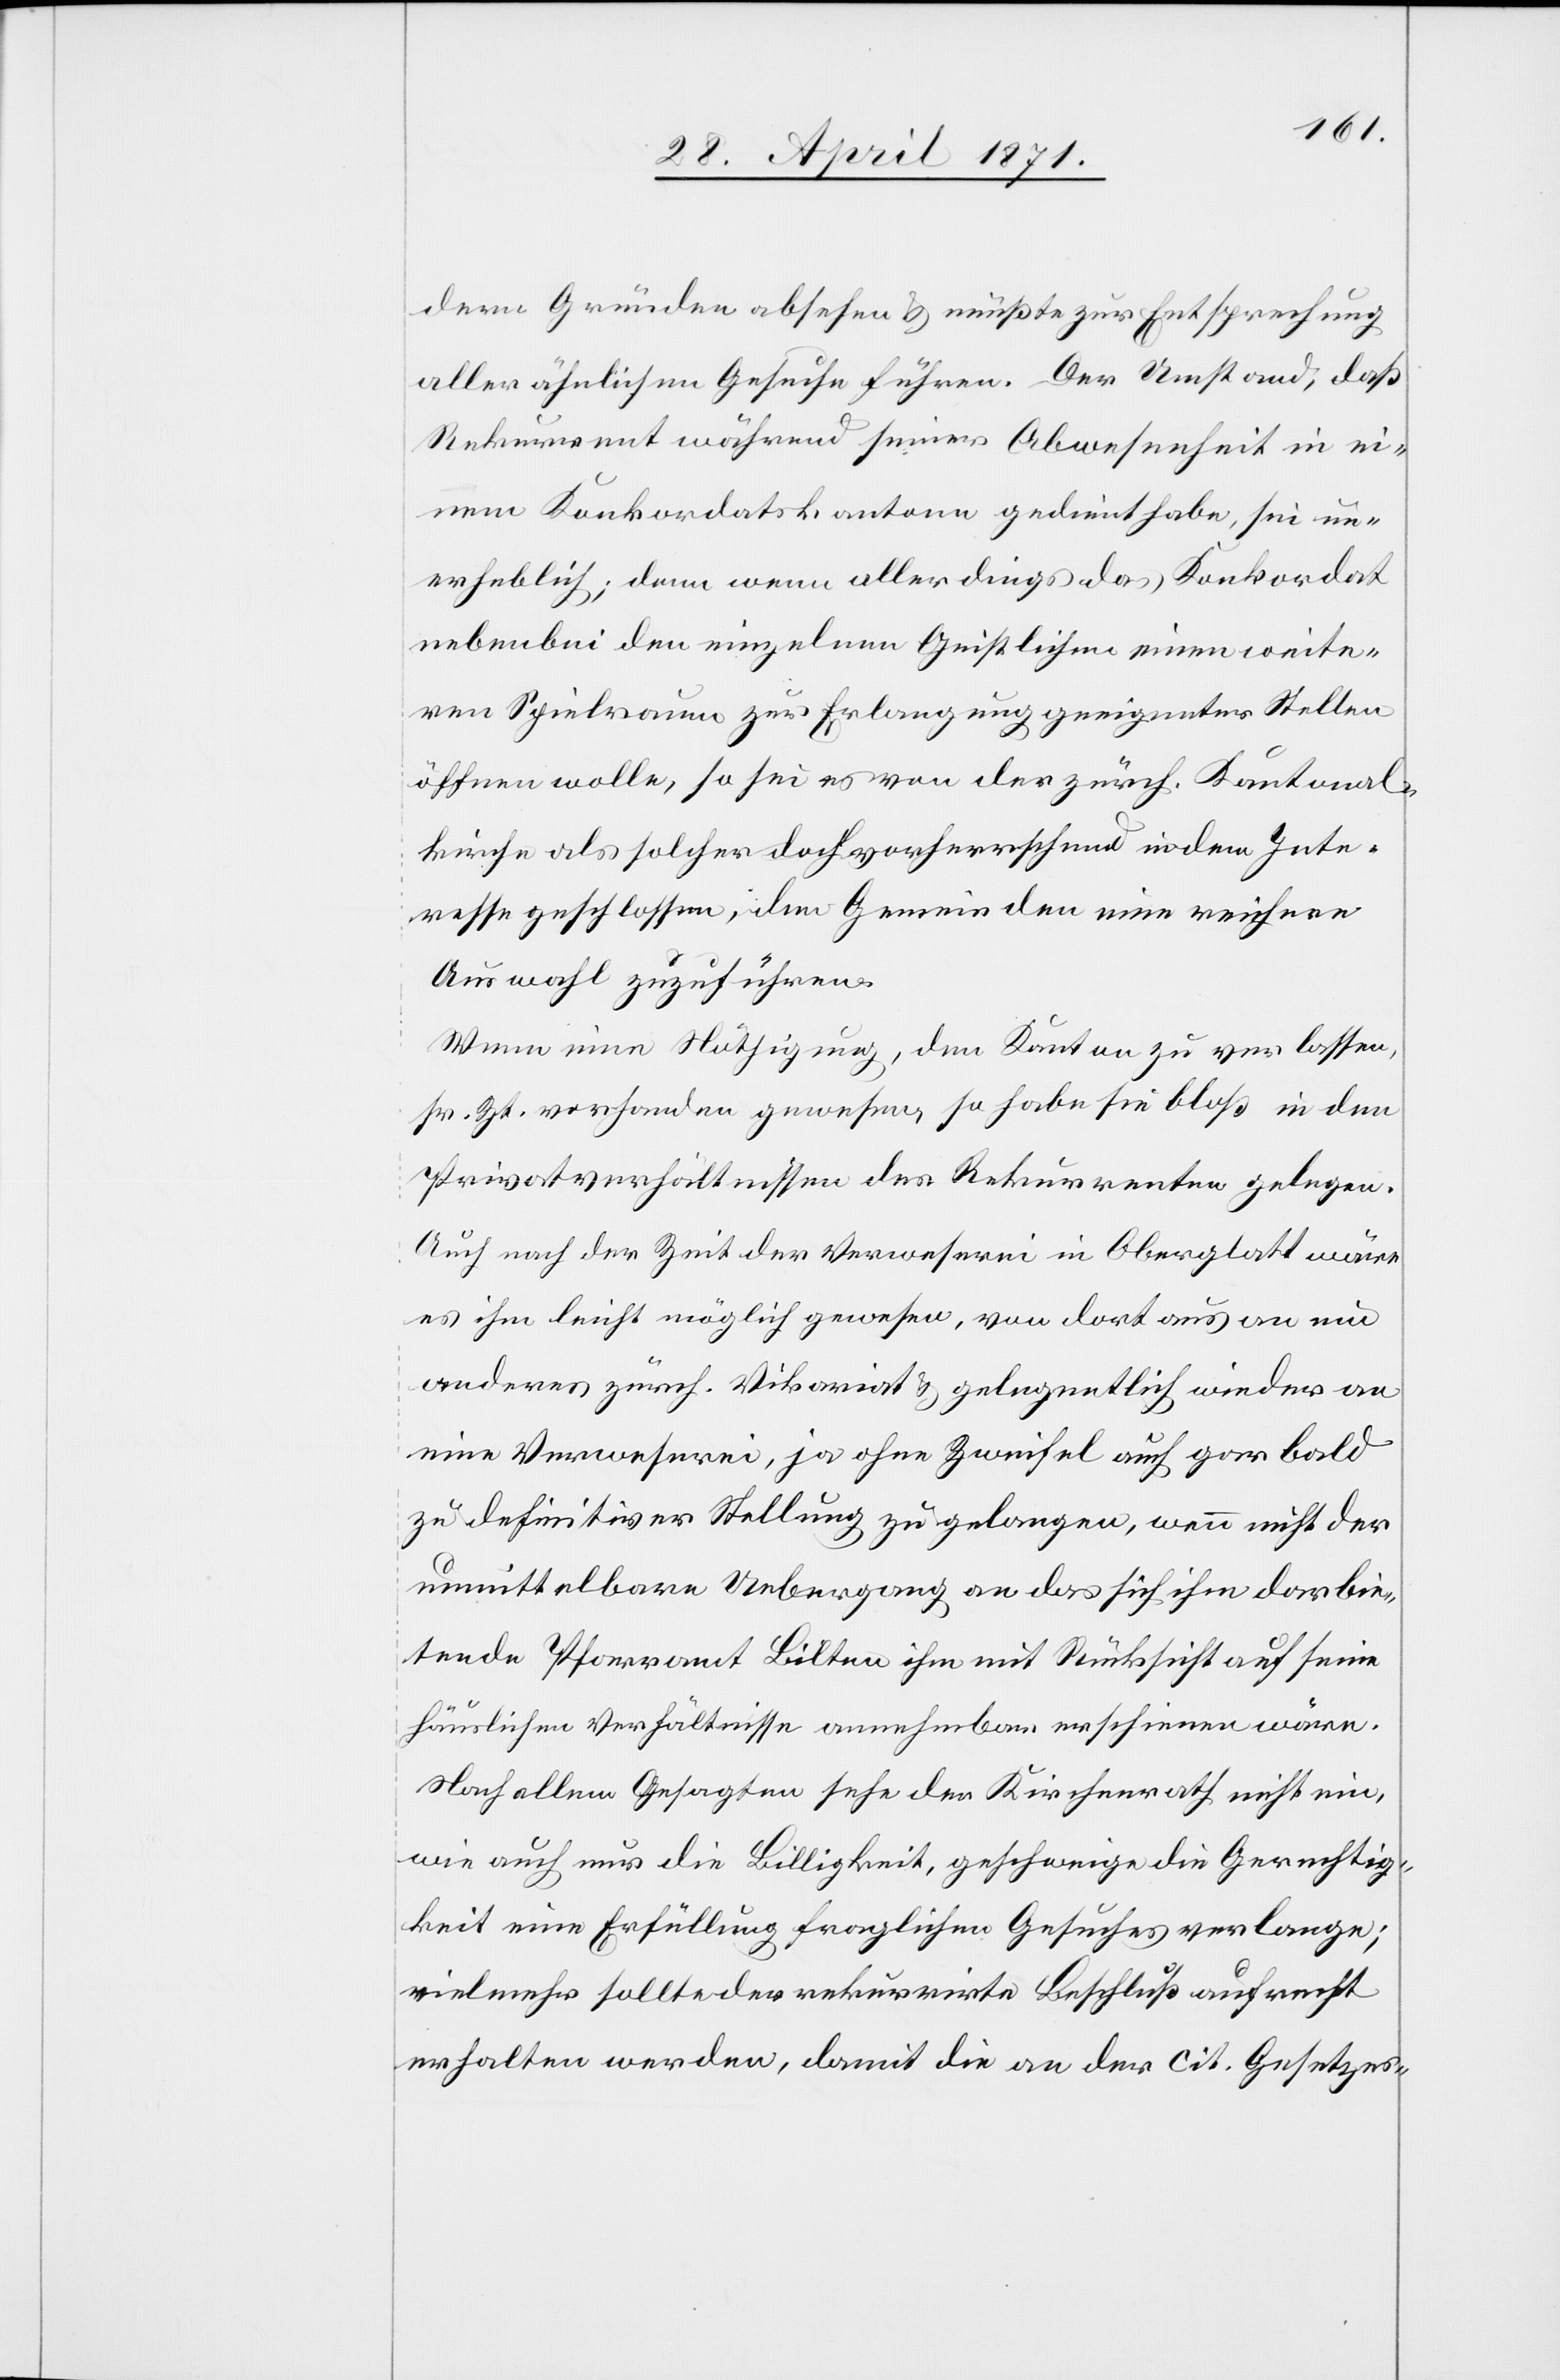
dern Gründen absehen u. müßte zur Entsprechung
aller ähnlichen Gesuche führen. Der Umstand, daß
Rekurrent während seiner Abwesenheit in ei¬
nem Konkordatskanton gedient habe, sei un¬
erheblich; denn wenn allerdings das Konkordat
nebenbei den einzelnen Geistlichen einen weite¬
ren Spielraum zur Erlangung geeigneter Stellen
öffnen wolle, so sei es von der zürch. Kantonal¬
kirche als solcher doch vorherrschend in dem Inte¬
resse geschlossen, den Gemeinden eine reichere
Auswahl zuzuführen.
Wenn eine Nöthigung, den Kanton zu verlassen,
sr. Zt. vorhanden gewesen, so habe sie bloß in den
Privatverhältnissen des Rekurrenten gelegen.
Auch nach der Zeit der Verweserei in Oberglatt wäre
es ihm leicht möglich gewesen, von dort aus an ein
anderes zürch. Vikariat u. gelegentlich wieder an
eine Verweserei, ja ohne Zweifel auch gar bald
zu definitiver Stellung zu gelangen, wenn nicht der
unmittelbare Uebergang an das sich ihm darbie¬
tende Pfarramt Bilten ihn mit Rücksicht auf seine
häuslichen Verhältnisse annehmbar erschienen wäre.
Nach allem Gesagten sehe der Kirchenrath nicht ein,
wie auch nur die Billigkeit, geschweige die Gerechtig¬
keit eine Erfüllung fraglichen Gesuches verlange;
vielmehr sollte der rekurrirte Beschluß aufrecht
erhalten werden, damit die an der cit. Gesetzes-